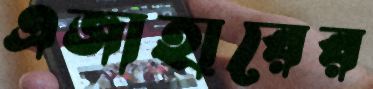
এজাহারের